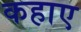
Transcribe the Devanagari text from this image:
कहाए